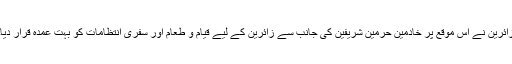
زائرین نے اس موقع پر خادمین حرمین شریفین کی جانب سے زائرین کے لیے قیام و طعام اور سفری انتظامات کو بہت عمدہ قرار دیا۔